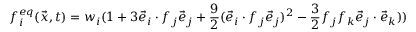
f _ { i } ^ { e q } ( \vec { x } , t ) = { w _ { i } } ( 1 + 3 \vec { e } _ { i } \cdot f _ { j } \vec { e } _ { j } + \frac { 9 } { 2 } ( \vec { e } _ { i } \cdot f _ { j } \vec { e } _ { j } ) ^ { 2 } - \frac { 3 } { 2 } f _ { j } f _ { k } \vec { e } _ { j } \cdot \vec { e } _ { k } ) )